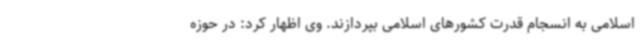
اسلامی به انسجام قدرت کشورهای اسلامی بپردازند. وی اظهار کرد: در حوزه